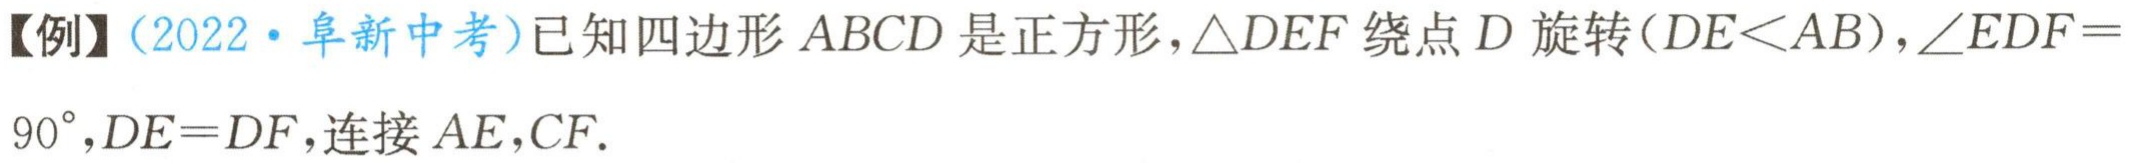
【例】（2022·阜新中考）已知四边形 \(ABCD\) 是正方形，\(\triangle DEF\) 绕点 \(D\) 旋转 (\(DE<AB\))，\(\angle EDF = 90^{\circ}\)，\(DE = DF\)，连接 \(AE\)，\(CF\).